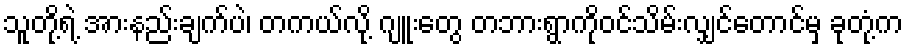
သူတို့ရဲ့ အားနည်းချက်ပဲ၊ တကယ်လို့ ဂျူးတွေ တဘားရွာကိုဝင်သိမ်းလျှင်တောင်မှ ခုတုံ့က